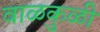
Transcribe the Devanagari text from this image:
वाळकुळी